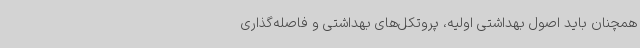
همچنان باید اصول بهداشتی اولیه، پروتکل‌های بهداشتی و فاصله‌گذاری